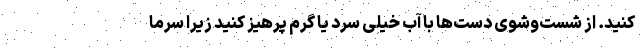
کنید. از شست‌وشوی دست‌ها با آب خیلی سرد یا گرم پرهیز کنید زیرا سرما